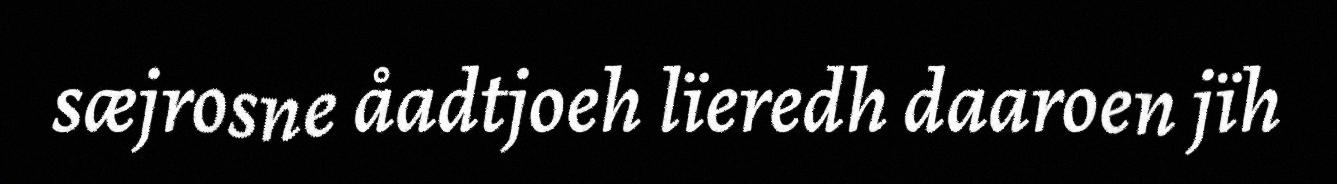
sæjrosne åadtjoeh lïeredh daaroen jïh